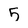
Character: 5